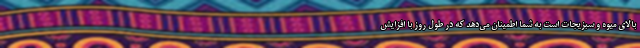
بالای میوه و سبزیجات است به شما اطمینان می‌دهد که در طول روز با افزایش